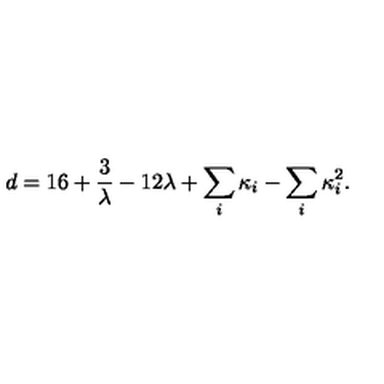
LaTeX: d = 1 6 + { \frac { 3 } { \lambda } } - 1 2 \lambda + \sum _ { i } \kappa _ { i } - \sum _ { i } \kappa _ { i } ^ { 2 } .